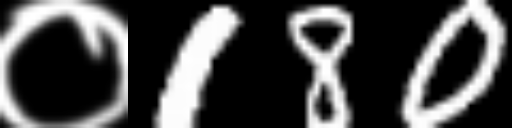
Text: ०180